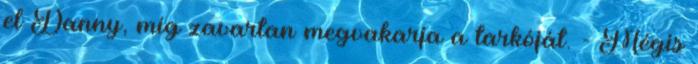
el Danny, míg zavartan megvakarja a tarkóját. - Mégis